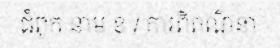
ជំពូក នាម ខ / ការពិពណ៌នា